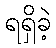
ရရှိခဲ့